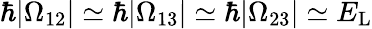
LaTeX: \hbar|\Omega_{12}|\simeq\hbar|\Omega_{13}|\simeq\hbar|\Omega_{23}|\simeq E_{\mathrm{L}}